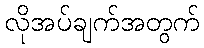
လိုအပ်ချက်အတွက်